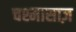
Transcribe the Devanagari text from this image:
चश्मासाज़